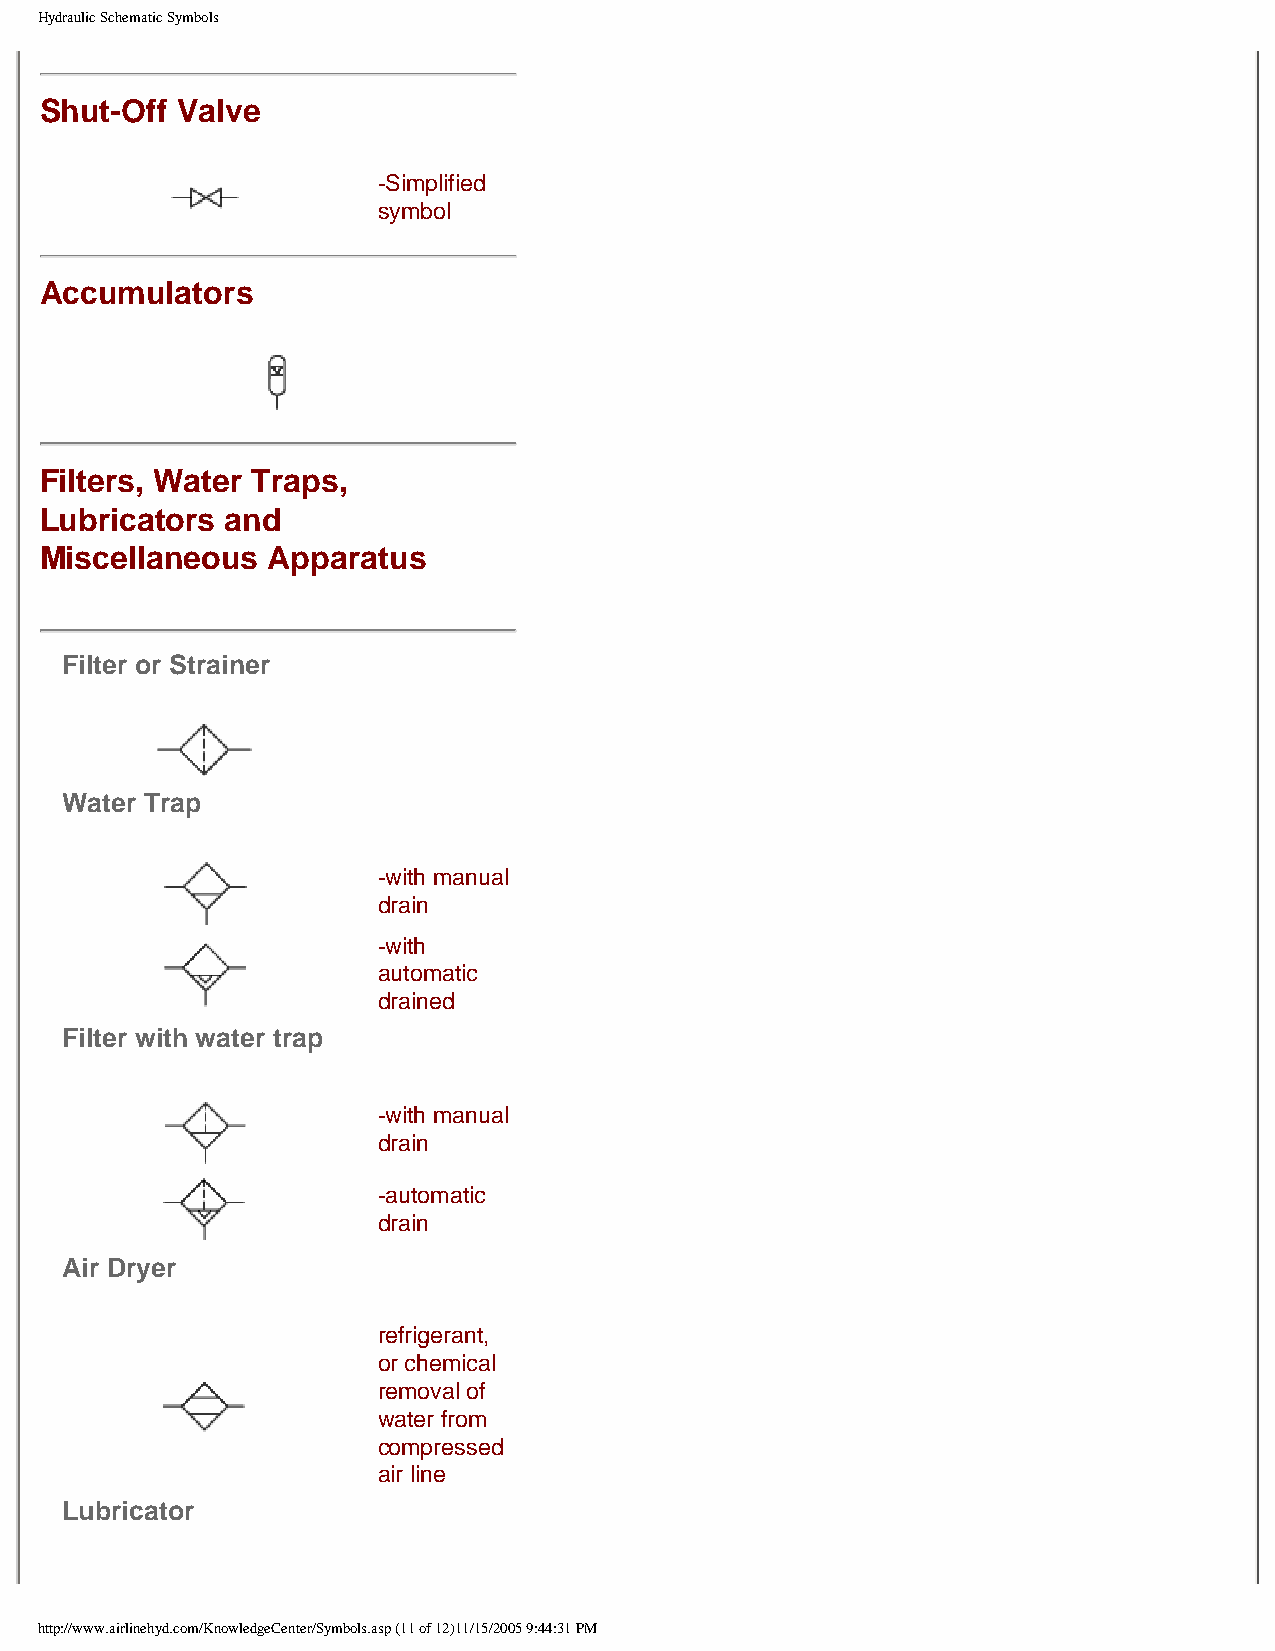
Hydraulic Schematic Symbols
 Shut-Off Valve
 -Simplified
 symbol
 Accumulators
 Filters, Water Traps,
 Lubricators and
 Miscellaneous  Apparatus
 Filter or Strainer
 Water Trap
 -with manual
 drain
 -with
 automatic
 drained
 Filter with water trap
 -with manual
 drain
 -automatic
 drain
 Air Dryer
 refrigerant,
 or chemical
 removal of
 water from
 compressed
 air line
 Lubricator
 http://www.airlinehyd.com/KnowledgeCenter/Symbols.asp (11 of 12)11/15/2005 9:44:31 PM